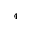
^ 4